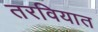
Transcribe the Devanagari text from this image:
तरवियात